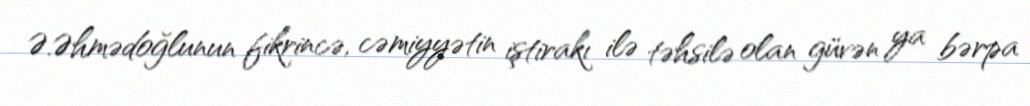
Ə.Əhmədoğlunun fikrincə, cəmiyyətin iştirakı ilə təhsilə olan güvən ya bərpa